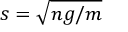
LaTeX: s = { \sqrt { n g / m } }